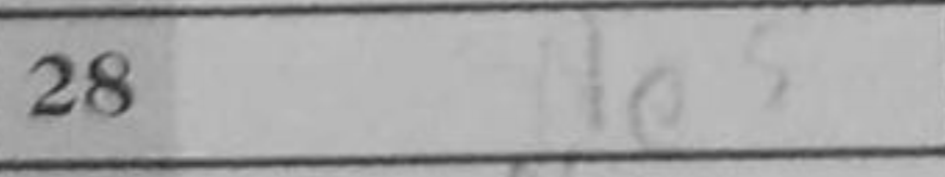
Transcription: Ne5